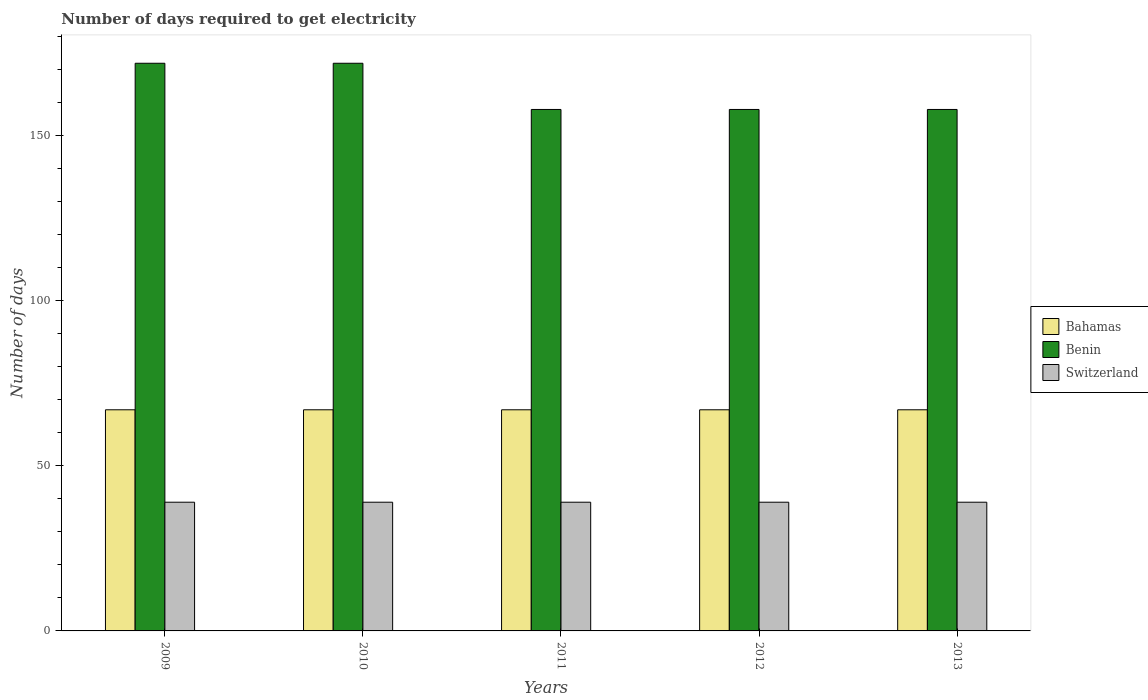
| Years | Bahamas | Benin | Switzerland |
 | --- | --- | --- | --- |
 | 2009 | 67 | 172 | 39 |
 | 2010 | 67 | 172 | 39 |
 | 2011 | 67 | 158 | 39 |
 | 2012 | 67 | 158 | 39 |
 | 2013 | 67 | 158 | 39 |